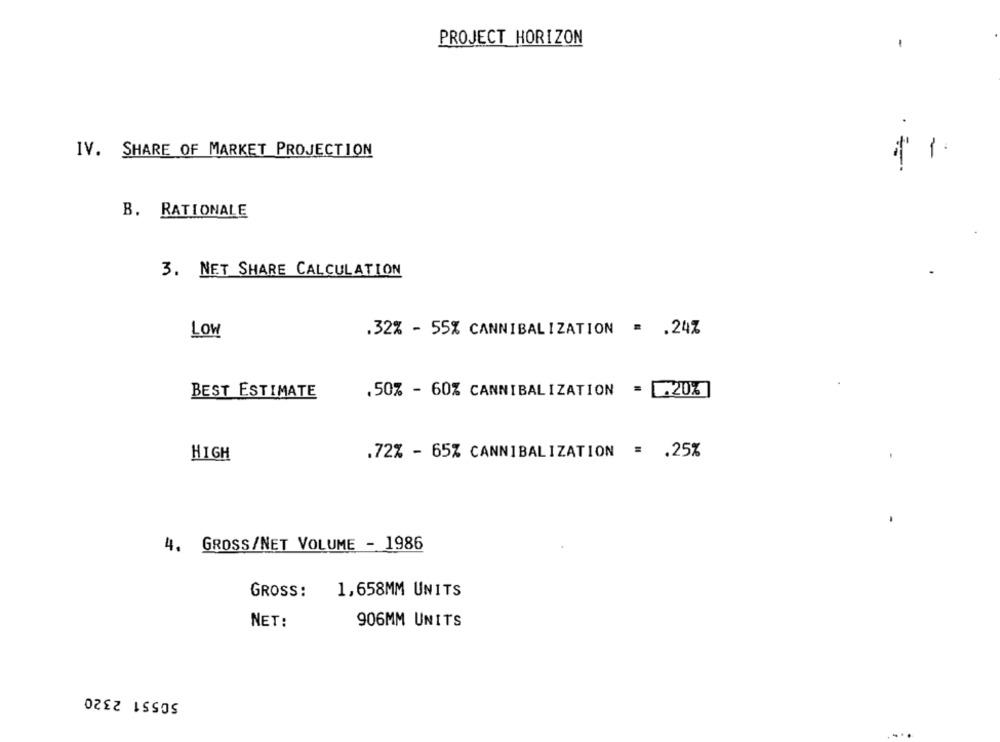
PROJECT HORIZON
-
IV. SHARE OF MARKET PROJECTION
·=-
B. RATIONALE
3. NET SHARE CALCULATION
LOW
.32% - 55% CANNIBALIZATION = . 24%
BEST ESTIMATE
.50% - 60% CANNIBALIZATION = 20%]
HIGH
.72% - 65% CANNIBALIZATION = . 25%
4. GROSS/NET VOLUME - 1986
GROSS:
1,658MM UNITS
NET:
906MM UNITS
50551 2320